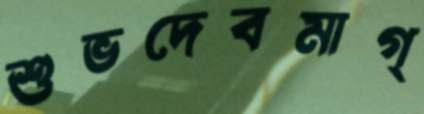
শুভদেবমাগ্